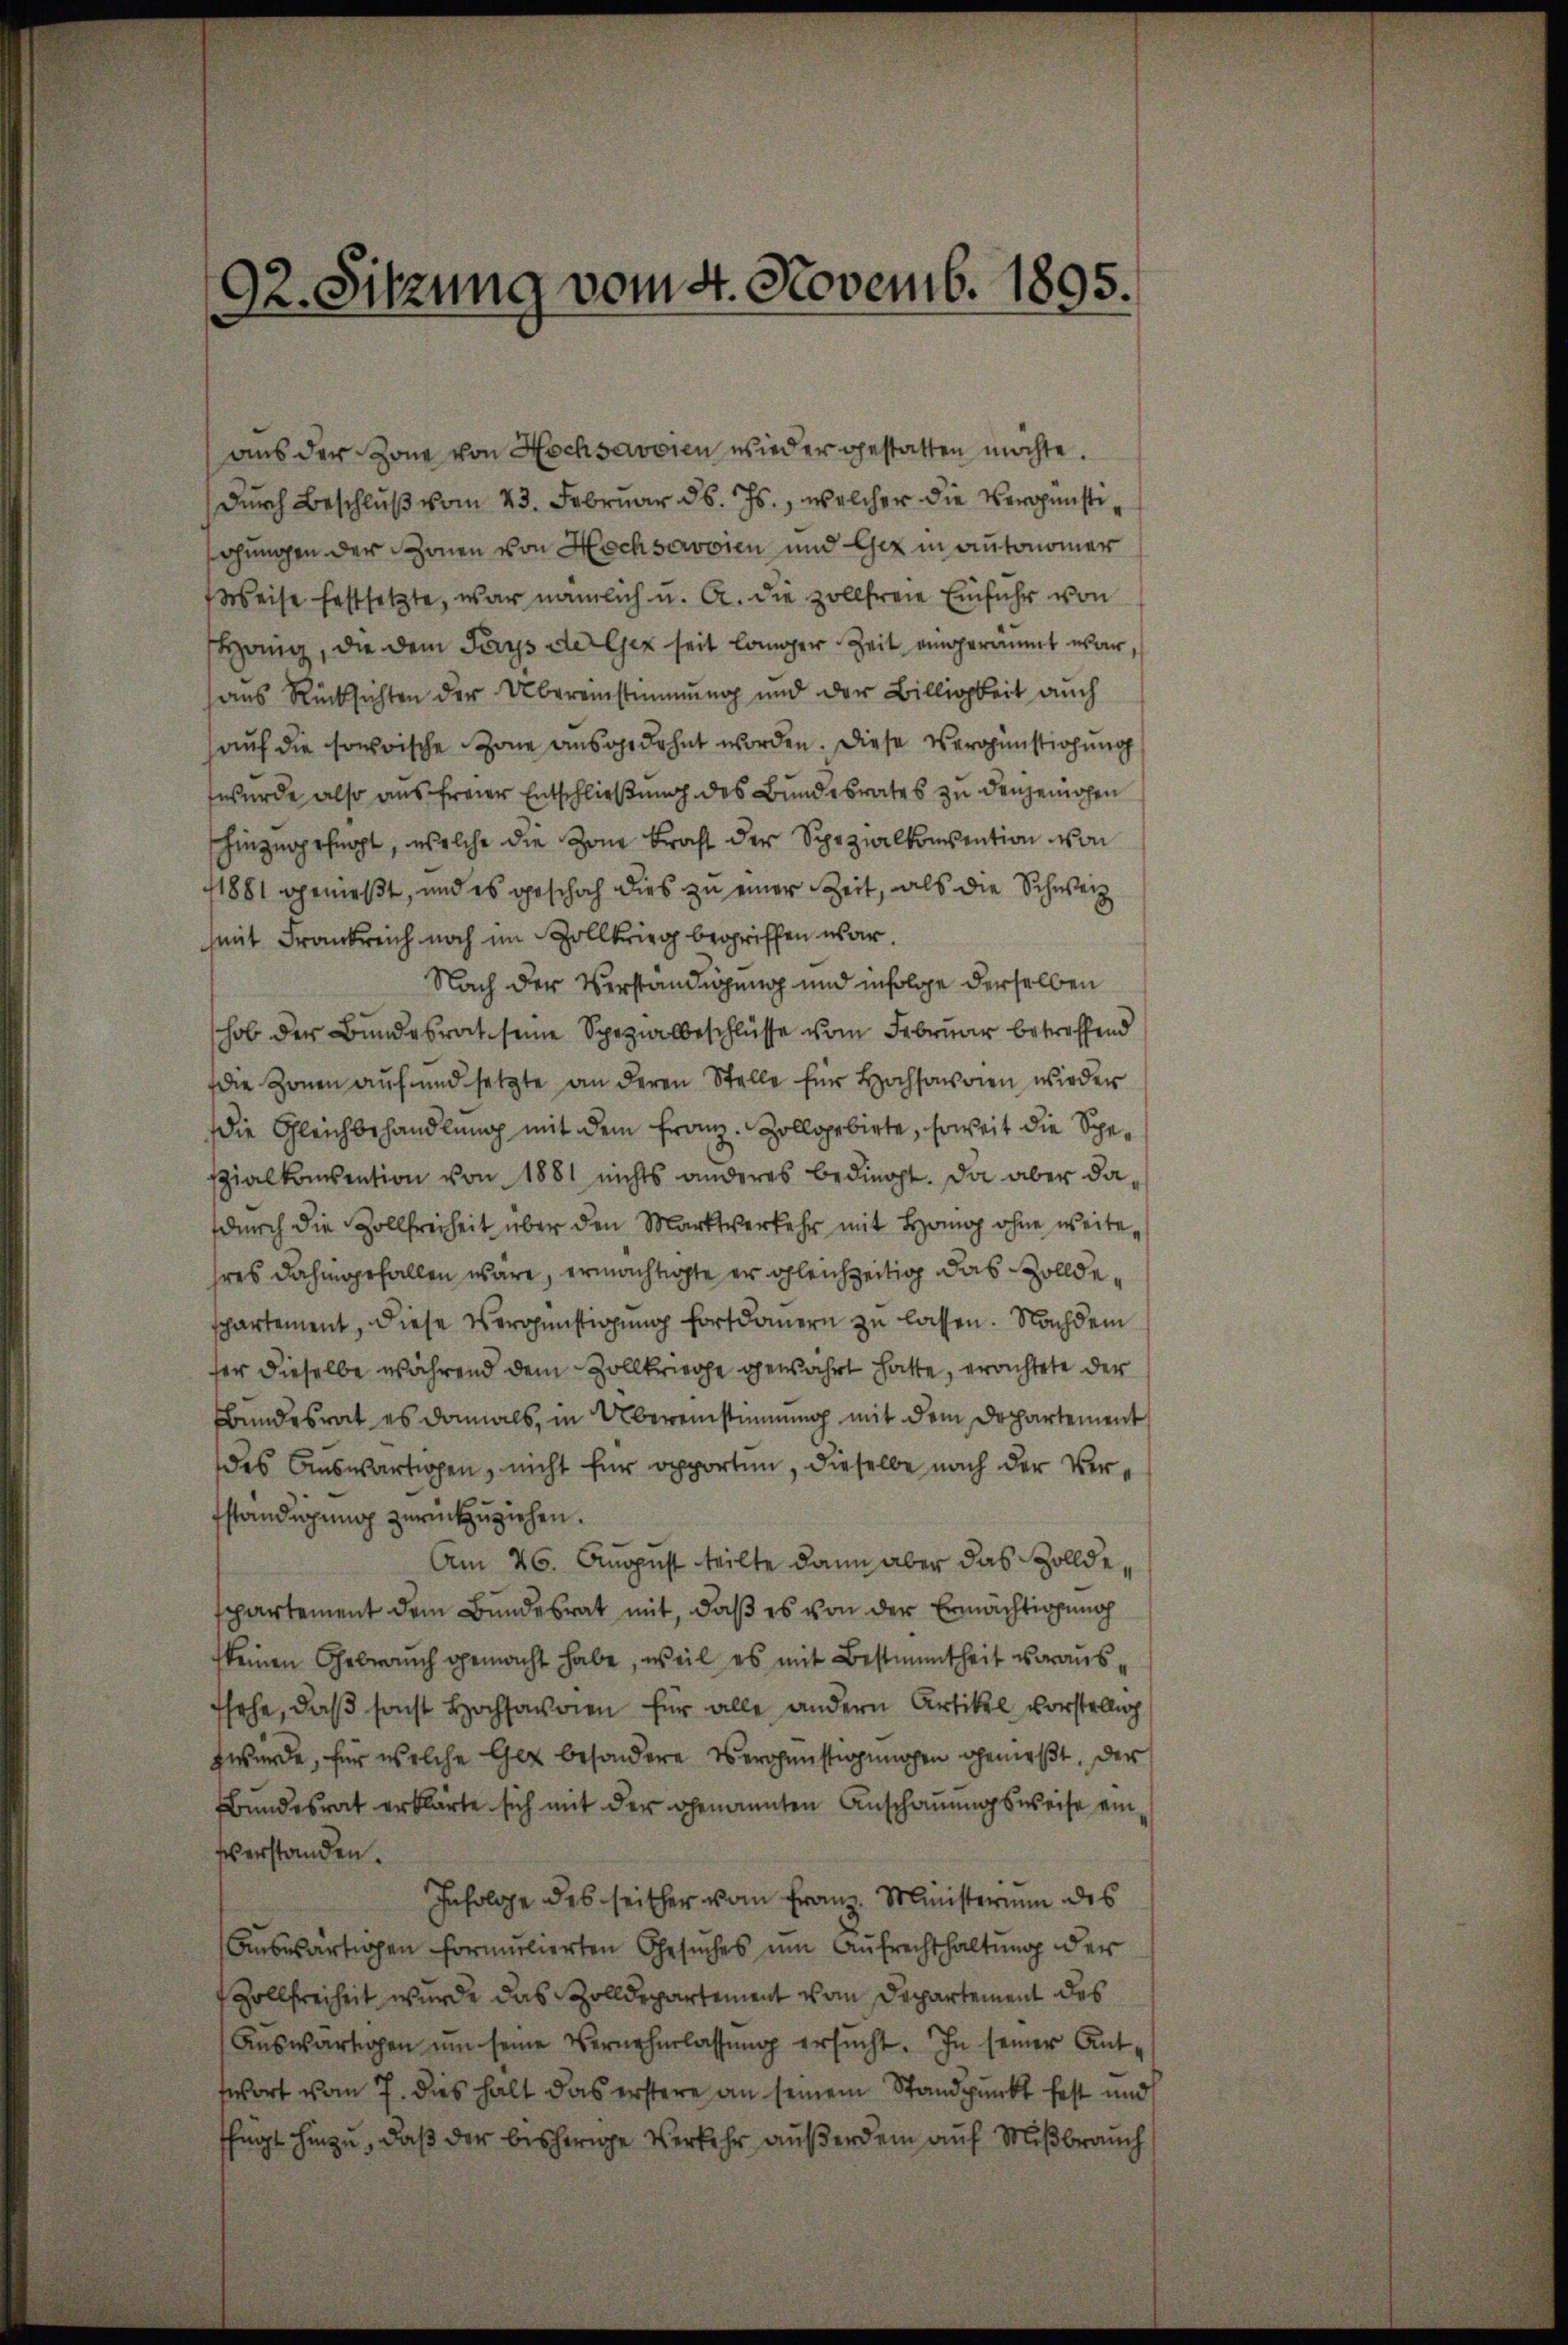
92. Sitzung vom 4. Novemb. 1895.

aus der Zone von Hochsavoien wieder gestatten möchte.
dŭrch Beschlŭβ vom 23. Februar d. Js., welcher die Vergünstiehungen der Zonen von Hochsoroien und Gez in autonomer
Weise festsetzte, war nämlich u. A. die zollfreie Einfuhr von
Honig, die dem Pays der Ger seit länger Zeit eingeräumt war,
aus Rücksichten der Übereinstimmung und der Billigkeit auch
auf die sowoische Zone ausgedehnt worden. Diese Vergünstichung
wurde also aus freier Entschließung des Bundesrates zu denjenigen
shinzusprecht, welche die Zone kraft der Spezialkonsention von
1881 genießt, und es geschah dies zu einer Zeit, als die Schweiz
mit Frankreich noch im Zollkrieg begriffen war.
Nach der Verständigung und infolge derselben
hob der Bundesrat seine Spezialbeschlüsse vom Februar betreffend
die Zonen auf und setzte an deren Stelle für Hochsamen wieder
die Gleichbehandlung mit dem Franz. Zollopebirte, soweit die Speszialkomention von 1881 nichts anderes bedingt. Da aber dadurch die Zollfreiheit über den Marktverkehr mit Homo ohne weite
hres dahingefallen wäre, ermächtigte er gleichzeitig das Zolldeschartement, diese Vergünstigung fortdauern zu lassen. Nachdem
ser dieselbe während dem Zollkriege gewährt hatte, erachtete der
Bundesrat es damals, in Übereinstimmung mit dem Departement
des Auswärtigen, nicht für opporten, dieselbe nach der Verfständigung zurückzuziehen.
Am 26. August teilte dann aber das Zolldespartement dem Bundesrat mit, daß es von der Ermächtigung
keinen Gebrauch gemacht habe, weil es mit Bestimmtheit vorausfsehe, daß sonst Hochsawien für alle andern Artikel vorstellig
zwürde, für welche Gut besondere Vergünstigungen gemeßt. Der
Bŭndesrat erklärte sich mit der genannten Anschauungsweise ein
verstanden.
Infolge des seither vom Franz Ministerium des
Auswärtigen formulierten Gesuches um Aufrechthaltung der
Zollfreiheit wurde das Zolldepartement vom Departement des
aŭswärtigen ŭm seine Vernehmlassŭng ersŭcht. In seiner Antwort vom 7. dies halt das erstere an seinem Standpunkt fest und
ffügt hinzu, daß der bisherige Verkehr außerdem auf Mißbrauch